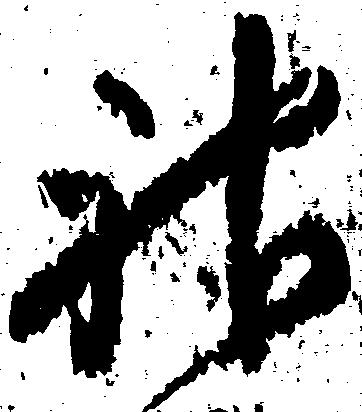
神